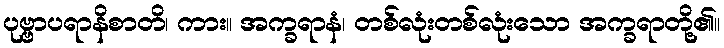
ပုဗ္ဗာပရာနိစာတိ၊ ကား။ အက္ခရာနံ၊ တစ်လုံးတစ်လုံးသော အက္ခရာတို့၏။